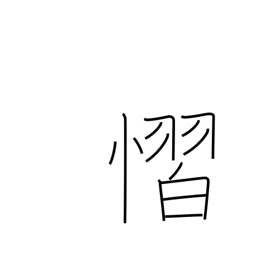
Meaning: fear